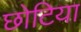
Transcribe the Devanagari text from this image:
छोटिया